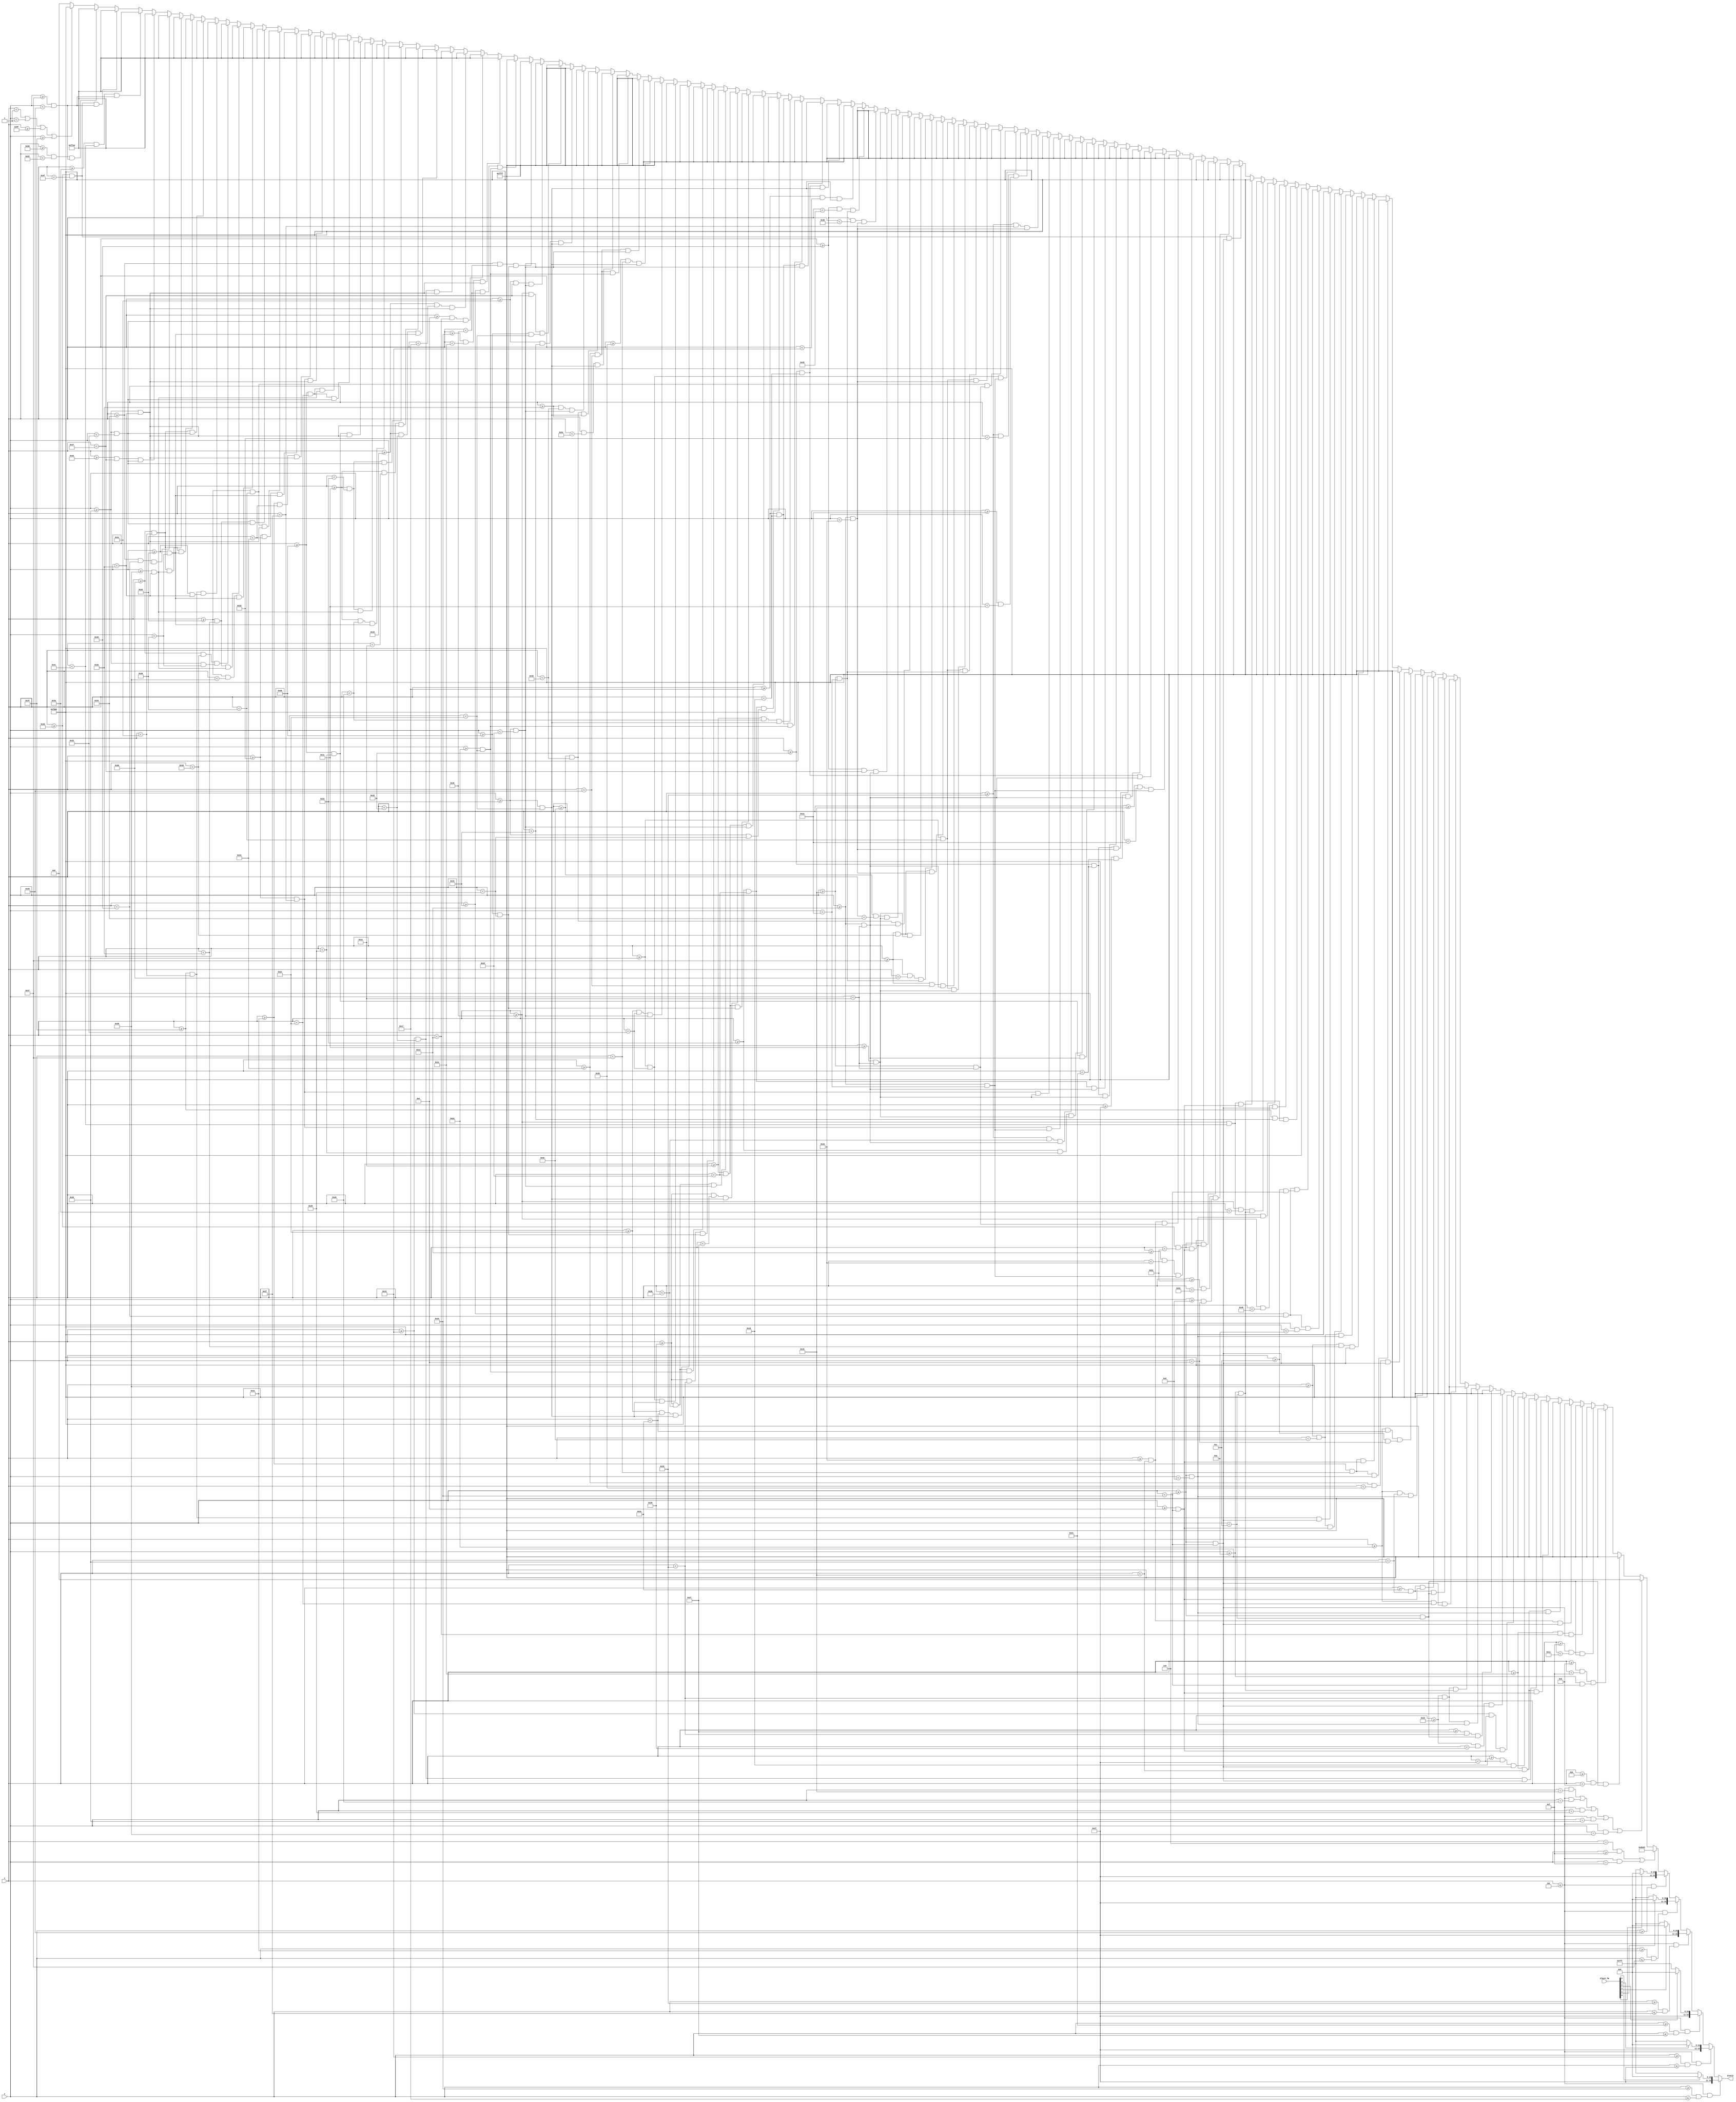
`timescale 1ns / 1ps
//////////////////////////////////////////////////////////////////////////////////
// Company: 
// Engineer: 
// 
// Design Name: 
// Module Name: trap_pretext
// Project Name: 
// Target Devices: 
// Tool Versions: 
// Description: 
// 
// Dependencies: 
// 
// Revision:
// Revision 0.01 - File Created
// Additional Comments:
// 
//////////////////////////////////////////////////////////////////////////////////


module trap_pretext(
    input [6:0] x,                
    input [5:0] y,
    input [5:0] player_hp,
    output reg [15:0] pixels
    );
    
    always @ (*) begin
         // player hp
              if ((x <= 5) && (y >= 16 && y <= 23)) pixels = (player_hp[5]) ? 16'hF800 : 16'hFFFF;
         else if ((x <= 5) && (y >= 25 && y <= 31)) pixels = (player_hp[4]) ? 16'hF800 : 16'hFFFF;
         else if ((x <= 5) && (y >= 33 && y <= 39)) pixels = (player_hp[3]) ? 16'hF800 : 16'hFFFF;
         else if ((x <= 5) && (y >= 41 && y <= 47)) pixels = (player_hp[2]) ? 16'hF800 : 16'hFFFF;
         else if ((x <= 5) && (y >= 49 && y <= 55)) pixels = (player_hp[1]) ? 16'hF800 : 16'hFFFF;
         else if ((x <= 5) && (y >= 57           )) pixels = (player_hp[0]) ? 16'hF800 : 16'hFFFF;
         
         else if ((x == 6 && y >= 15) || (x <= 5 && y == 15)) pixels = 16'h6B4D;
         else if ((x <= 5 && y == 24) || (x <= 5 && y == 32) || (x <= 5 && y == 40) || (x <= 5 && y == 48) || (x <= 5 && y == 56)) pixels = 16'h0000;
         
         else if ((x >= 11   && x < 11+2) && (y >= 6   && y < 6+6))        pixels = 16'hFFFF;
         else if ((x >= 11+2 && x < 11+4) && (y >= 6+4 && y < 6+10))       pixels = 16'hFFFF;
         else if ((x >= 11+4 && x < 11+6) && (y >= 6   && y < 6+6))        pixels = 16'hFFFF;
         else if ((x >= 18 && x < 18+2)   && (y >= 6 && y < 6+10))         pixels = 16'hFFFF;
         else if ((x >= 18+4 && x < 18+6) && (y >= 6 && y < 6+10))         pixels = 16'hFFFF;
         else if ((x >= 18 && x < 18+6)   && (y >= 6 && y < 6+2))          pixels = 16'hFFFF;
         else if ((x >= 18 && x < 18+6)   && (y >= 6+8 && y < 6+10))       pixels = 16'hFFFF;
         else if ((x >= 25 && x < 25+2)   && (y >= 6 && y < 6+10))         pixels = 16'hFFFF;
         else if ((x >= 25+4 && x < 25+6) && (y >= 6 && y < 6+10))         pixels = 16'hFFFF;
         else if ((x >= 25 && x < 25+6)   && (y >= 6+8 && y < 6+10))       pixels = 16'hFFFF;
         else if ((x >= 35 && x < 35+2)   && (y >= 6 && y < 6+10))         pixels = 16'hF800;
         else if ((x >= 35+4 && x < 35+6) && (y >= 6 && y < 6+6))          pixels = 16'hF800;
         else if ((x >= 35 && x < 35+6)   && (y >= 6 && y < 6+2))          pixels = 16'hF800;
         else if ((x >= 35 && x < 35+6)   && (y >= 6+4 && y < 6+6))        pixels = 16'hF800;
         else if ((x >= 42 && x < 42+2)   && (y >= 6 && y < 6+10))         pixels = 16'hF800;
         else if ((x >= 42+4 && x < 42+6) && (y >= 6 && y < 6+6))          pixels = 16'hF800;
         else if ((x >= 42+4 && x < 42+6) && (y >= 6+8 && y < 6+10))       pixels = 16'hF800;
         else if ((x >= 42 && x < 42+6)   && (y >= 6 && y < 6+2))          pixels = 16'hF800;
         else if ((x >= 42 && x < 42+4)   && (y >= 6+6 && y < 6+8))        pixels = 16'hF800;
         else if ((x >= 49+2 && x < 49+4) && (y >= 6 && y < 6+10))         pixels = 16'hF800;
         else if ((x >= 49 && x < 49+6)   && (y >= 6 && y < 6+2))          pixels = 16'hF800;
         else if ((x >= 49 && x < 49+6)   && (y >= 6+8 && y < 6+10))       pixels = 16'hF800;
         else if ((x >= 56 && x < 56+2)   && (y >= 6 && y < 6+10))         pixels = 16'hF800;
         else if ((x >= 56 && x < 56+6)   && (y >= 6 && y < 6+2))          pixels = 16'hF800;
         else if ((x >= 56 && x < 56+6)   && (y >= 6+8 && y < 6+10))       pixels = 16'hF800;
         else if ((x >= 63   && x < 63+2) && (y >= 6   && y < 6+10))       pixels = 16'hF800;
         else if ((x >= 63+4 && x < 63+6) && (y >= 6   && y < 6+4))        pixels = 16'hF800;
         else if ((x >= 63+4 && x < 63+6) && (y >= 6+6 && y < 6+10))       pixels = 16'hF800;
         else if ((x >= 63 && x < 63+4) && (y >= 6+4 && y < 6+6))          pixels = 16'hF800;
         else if ((x >= 70 && x < 70+2)   && (y >= 6 && y < 6+10))         pixels = 16'hF800;
         else if ((x >= 70 && x < 70+6)   && (y >= 6 && y < 6+2))          pixels = 16'hF800;
         else if ((x >= 70 && x < 70+4)   && (y >= 6+4 && y < 6+6))        pixels = 16'hF800;
         else if ((x >= 70 && x < 70+6)   && (y >= 6+8 && y < 6+10))       pixels = 16'hF800;
         else if ((x >= 77 && x < 77+2)   && (y >= 6 && y < 6+10))         pixels = 16'hF800;
         else if ((x >= 77+4 && x < 77+6) && (y >= 6+2 && y < 6+8))        pixels = 16'hF800;
         else if ((x >= 77 && x < 77+4)   && (y >= 6 && y < 6+2))          pixels = 16'hF800;
         else if ((x >= 77 && x < 77+4)   && (y >= 6+8 && y < 6+10))       pixels = 16'hF800;
         else if ((x >= 20   && x < 20+2) && (y >= 20   && y < 20+6))      pixels = 16'hFFFF;
         else if ((x >= 20+2 && x < 20+4) && (y >= 20+4 && y < 20+10))     pixels = 16'hFFFF;
         else if ((x >= 20+4 && x < 20+6) && (y >= 20   && y < 20+6))      pixels = 16'hFFFF;
         else if ((x >= 27 && x < 27+2)   && (y >= 20 && y < 20+10))       pixels = 16'hFFFF;
         else if ((x >= 27+4 && x < 27+6) && (y >= 20 && y < 20+10))       pixels = 16'hFFFF;
         else if ((x >= 27 && x < 27+6)   && (y >= 20 && y < 20+2))        pixels = 16'hFFFF;
         else if ((x >= 27 && x < 27+6)   && (y >= 20+8 && y < 20+10))     pixels = 16'hFFFF;
         else if ((x >= 34 && x < 34+2)   && (y >= 20 && y < 20+10))       pixels = 16'hFFFF;
         else if ((x >= 34+4 && x < 34+6) && (y >= 20 && y < 20+10))       pixels = 16'hFFFF;
         else if ((x >= 34 && x < 34+6)   && (y >= 20+8 && y < 20+10))     pixels = 16'hFFFF;
         else if ((x >= 41 && x < 41+2)   && (y >= 20 && y < 20+10))       pixels = 16'hFFFF;
         else if ((x >= 41+4 && x < 41+6) && (y >= 20 && y < 20+6))        pixels = 16'hFFFF;
         else if ((x >= 41+4 && x < 41+6) && (y >= 20+8 && y < 20+10))     pixels = 16'hFFFF;
         else if ((x >= 41 && x < 41+6)   && (y >= 20 && y < 20+2))        pixels = 16'hFFFF;
         else if ((x >= 41 && x < 41+4)   && (y >= 20+6 && y < 20+8))      pixels = 16'hFFFF;
         else if ((x >= 48 && x < 48+2)   && (y >= 20 && y < 20+6))        pixels = 16'hFFFF;
         else if ((x >= 48+4 && x < 48+6) && (y >= 20+4 && y < 20+10))     pixels = 16'hFFFF;
         else if ((x >= 48 && x < 48+6)   && (y >= 20 && y < 20+2))        pixels = 16'hFFFF;
         else if ((x >= 48 && x < 48+6)   && (y >= 20+4 && y < 20+6))      pixels = 16'hFFFF;
         else if ((x >= 48 && x < 48+6)   && (y >= 20+8 && y < 20+10))     pixels = 16'hFFFF;
         else if ((x >= 55 && x < 55+2)   && (y >= 20 && y < 20+10))       pixels = 16'hFFFF;
         else if ((x >= 55 && x < 55+6)   && (y >= 20 && y < 20+2))        pixels = 16'hFFFF;
         else if ((x >= 55 && x < 55+4)   && (y >= 20+4 && y < 20+6))      pixels = 16'hFFFF;
         else if ((x >= 55 && x < 55+6)   && (y >= 20+8 && y < 20+10))     pixels = 16'hFFFF;
         else if ((x >= 62 && x < 62+2)   && (y >= 20 && y < 20+10))       pixels = 16'hFFFF;
         else if ((x >= 62 && x < 62+6)   && (y >= 20+8 && y < 20+10))     pixels = 16'hFFFF;
         else if ((x >= 69 && x < 69+2)   && (y >= 20 && y < 20+10))       pixels = 16'hFFFF;
         else if ((x >= 69 && x < 69+6)   && (y >= 20 && y < 20+2))        pixels = 16'hFFFF;
         else if ((x >= 69 && x < 69+4)   && (y >= 20+4 && y < 20+6))      pixels = 16'hFFFF;
         else if ((x >= 23 && x < 23+2)   && (y >= 34 && y < 34+10))       pixels = 16'hFFFF;
         else if ((x >= 23+4 && x < 23+6) && (y >= 34 && y < 34+10))       pixels = 16'hFFFF;
         else if ((x >= 23 && x < 23+6)   && (y >= 34 && y < 34+2))        pixels = 16'hFFFF;
         else if ((x >= 23 && x < 23+6)   && (y >= 34+8 && y < 34+10))     pixels = 16'hFFFF;
         else if ((x >= 30 && x < 30+2)   && (y >= 34 && y < 34+10))       pixels = 16'hFFFF;
         else if ((x >= 30+4 && x < 30+6) && (y >= 34 && y < 34+6))        pixels = 16'hFFFF;
         else if ((x >= 30 && x < 30+6)   && (y >= 34 && y < 34+2))        pixels = 16'hFFFF;
         else if ((x >= 30 && x < 30+6)   && (y >= 34+4 && y < 34+6))      pixels = 16'hFFFF;
         else if ((x >= 37 && x < 37+2)   && (y >= 34 && y < 34+10))       pixels = 16'hFFFF;
         else if ((x >= 37 && x < 37+6)   && (y >= 34 && y < 34+2))        pixels = 16'hFFFF;
         else if ((x >= 37 && x < 37+4)   && (y >= 34+4 && y < 34+6))      pixels = 16'hFFFF;
         else if ((x >= 37 && x < 37+6)   && (y >= 34+8 && y < 34+10))     pixels = 16'hFFFF;
         else if ((x >= 44 && x < 44+2)   && (y >= 34 && y < 34+10))       pixels = 16'hFFFF;
         else if ((x >= 44+4 && x < 44+6) && (y >= 34 && y < 34+10))       pixels = 16'hFFFF;
         else if ((x >= 44 && x < 44+6)   && (y >= 34 && y < 34+2))        pixels = 16'hFFFF;
         else if ((x >= 51+2 && x < 51+4) && (y >= 34 && y < 34+10))       pixels = 16'hFFFF;
         else if ((x >= 51 && x < 51+6)   && (y >= 34 && y < 34+2))        pixels = 16'hFFFF;
         else if ((x >= 51 && x < 51+6)   && (y >= 34+8 && y < 34+10))     pixels = 16'hFFFF;
         else if ((x >= 58 && x < 58+2)   && (y >= 34 && y < 34+10))       pixels = 16'hFFFF;
         else if ((x >= 58+4 && x < 58+6) && (y >= 34 && y < 34+10))       pixels = 16'hFFFF;
         else if ((x >= 58 && x < 58+6)   && (y >= 34 && y < 34+2))        pixels = 16'hFFFF;
         else if ((x >= 65 && x < 65+2)   && (y >= 34 && y < 34+10))       pixels = 16'hFFFF;
         else if ((x >= 65+5 && x < 65+6) && (y >= 34+4 && y < 34+10))     pixels = 16'hFFFF;
         else if ((x >= 65 && x < 65+6)   && (y >= 34 && y < 34+2))        pixels = 16'hFFFF;
         else if ((x >= 65+3 && x < 65+5) && (y >= 34+4 && y < 34+6))      pixels = 16'hFFFF;
         else if ((x >= 65+2 && x < 65+5) && (y >= 34+8 && y < 34+10))     pixels = 16'hFFFF;
         else if ((x >= 14+2 && x < 14+4) && (y >= 48 && y < 48+10))       pixels = 16'hFFE0;
         else if ((x >= 14 && x < 14+6)   && (y >= 48 && y < 48+2))        pixels = 16'hFFE0;
         else if ((x >= 21 && x < 21+2)   && (y >= 48 && y < 48+10))       pixels = 16'hFFE0;
         else if ((x >= 21+4 && x < 21+6) && (y >= 48 && y < 48+10))       pixels = 16'hFFE0;
         else if ((x >= 21 && x < 21+6)   && (y >= 48+4 && y < 48+6))      pixels = 16'hFFE0;
         else if ((x >= 28 && x < 28+2)   && (y >= 48 && y < 48+10))       pixels = 16'hFFE0;
         else if ((x >= 28 && x < 28+6)   && (y >= 48 && y < 48+2))        pixels = 16'hFFE0;
         else if ((x >= 28 && x < 28+4)   && (y >= 48+4 && y < 48+6))      pixels = 16'hFFE0;
         else if ((x >= 28 && x < 28+6)   && (y >= 48+8 && y < 48+10))     pixels = 16'hFFE0;
         else if ((x >= 38 && x < 38+2)   && (y >= 48 && y < 48+10))       pixels = 16'hFFE0;
         else if ((x >= 38 && x < 38+6)   && (y >= 48 && y < 48+2))        pixels = 16'hFFE0;
         else if ((x >= 38 && x < 38+6)   && (y >= 48+8 && y < 48+10))     pixels = 16'hFFE0;
         else if ((x >= 45 && x < 45+2)   && (y >= 48 && y < 48+10))       pixels = 16'hFFE0;
         else if ((x >= 45+4 && x < 45+6) && (y >= 48 && y < 48+10))       pixels = 16'hFFE0;
         else if ((x >= 45 && x < 45+6)   && (y >= 48+4 && y < 48+6))      pixels = 16'hFFE0;
         else if ((x >= 52 && x < 52+2)   && (y >= 48 && y < 48+10))       pixels = 16'hFFE0;
         else if ((x >= 52 && x < 52+6)   && (y >= 48 && y < 48+2))        pixels = 16'hFFE0;
         else if ((x >= 52 && x < 52+4)   && (y >= 48+4 && y < 48+6))      pixels = 16'hFFE0;
         else if ((x >= 52 && x < 52+6)   && (y >= 48+8 && y < 48+10))     pixels = 16'hFFE0;
         else if ((x >= 59 && x < 59+2)   && (y >= 48 && y < 48+6))        pixels = 16'hFFE0;
         else if ((x >= 59+4 && x < 59+6) && (y >= 48+4 && y < 48+10))     pixels = 16'hFFE0;
         else if ((x >= 59 && x < 59+6)   && (y >= 48 && y < 48+2))        pixels = 16'hFFE0;
         else if ((x >= 59 && x < 59+6)   && (y >= 48+4 && y < 48+6))      pixels = 16'hFFE0;
         else if ((x >= 59 && x < 59+6)   && (y >= 48+8 && y < 48+10))     pixels = 16'hFFE0;
         else if ((x >= 66+2 && x < 65+4) && (y >= 48 && y < 48+10))       pixels = 16'hFFE0;
         else if ((x >= 66 && x < 65+6)   && (y >= 48 && y < 48+2))        pixels = 16'hFFE0;
         else if ((x >= 74   && x < 74+2) && (y >= 55 && y < 55+2))        pixels = 16'hFFE0;
         else if ((x >= 74+3 && x < 74+5) && (y >= 55 && y < 55+2))        pixels = 16'hFFE0;
         else if ((x >= 74+6 && x < 74+8) && (y >= 55 && y < 55+2))        pixels = 16'hFFE0;
         
         else if (x < 1 || y < 1 || x >= 95 || y >= 63)                    pixels = 16'hF800;
         else pixels = 16'h0000;
    end

endmodule